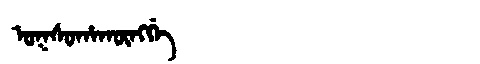
Manchu: ᠣᡴᠰᠣᡥᠠᡴᡡᠩᡤᡝ
Romanization: OKSOHAKŪNGGE